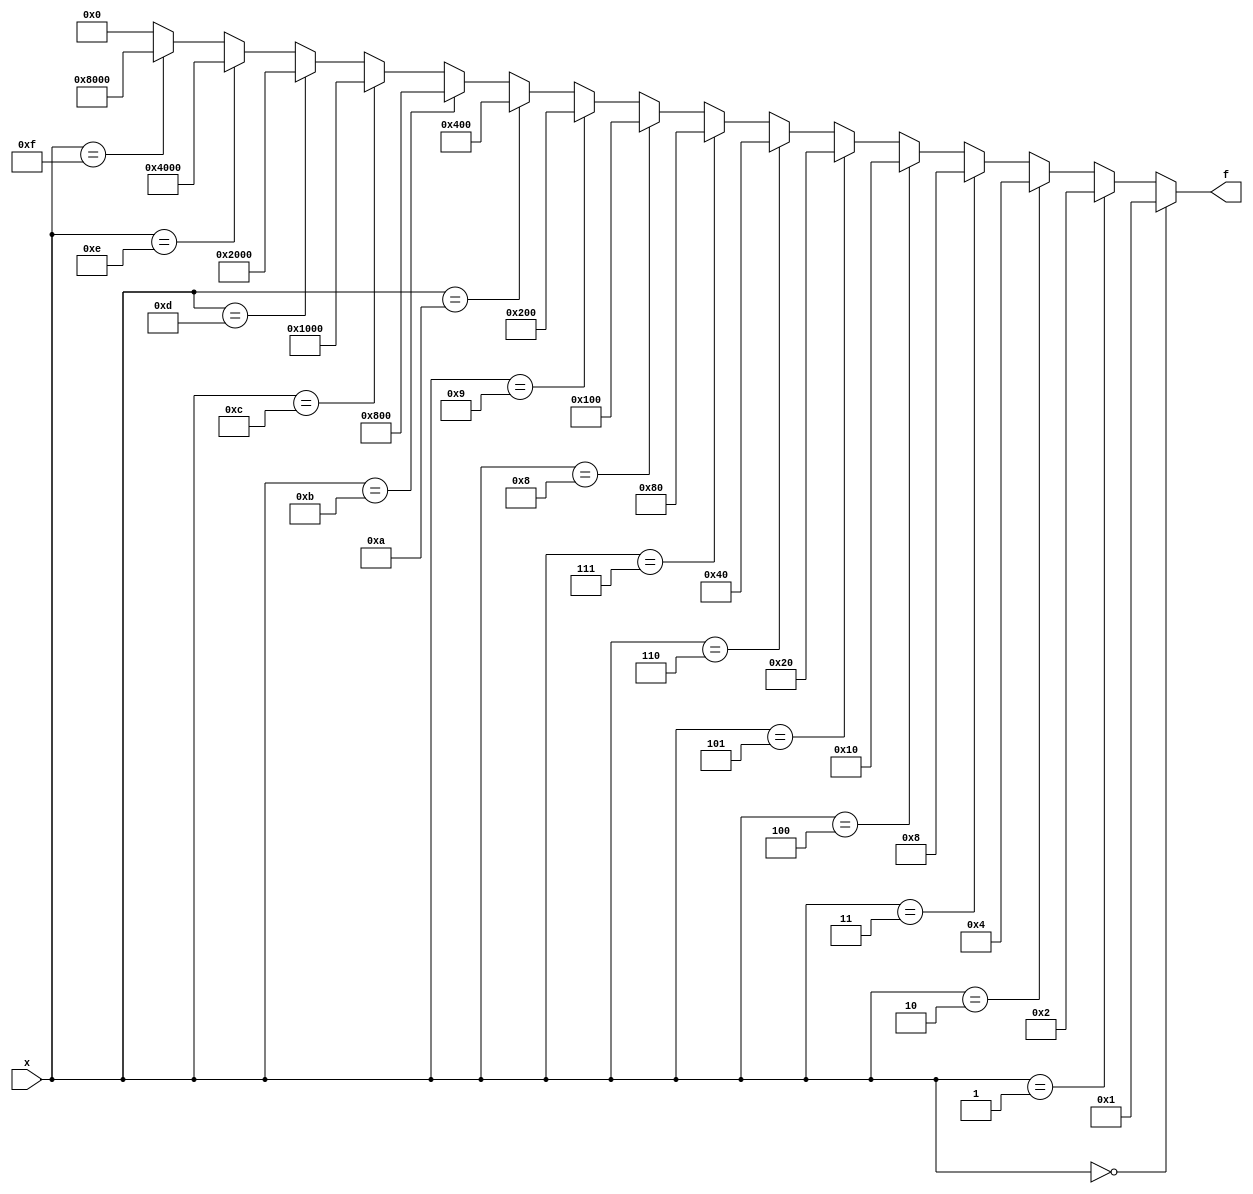
module Decoder_method1(f,x);
	input [3:0] x;
	output reg [15:0] f;
	
	always @(*)
	begin
		if(x == 4'b0000)
			f=16'b0000_0000_0000_0001;
		else if(x == 4'b0001)
			f=16'b0000_0000_0000_0010;
		else if(x == 4'b0010)
			f=16'b0000_0000_0000_0100;
		else if(x == 4'b0011)
			f=16'b0000_0000_0000_1000;
		else if(x == 4'b0100)
			f=16'b0000_0000_0001_0000;
		else if(x == 4'b0101)
			f=16'b0000_0000_0010_0000;
		else if(x == 4'b0110)
			f=16'b0000_0000_0100_0000;
		else if(x == 4'b0111)
			f=16'b0000_0000_1000_0000;
		else if(x == 4'b1000)
			f=16'b0000_0001_0000_0000;
		else if(x == 4'b1001)
			f=16'b0000_0010_0000_0000;
		else if(x == 4'b1010)
			f=16'b0000_0100_0000_0000;
		else if(x == 4'b1011)
			f=16'b0000_1000_0000_0000;
		else if(x == 4'b1100)
			f=16'b0001_0000_0000_0000;
		else if(x == 4'b1101)
			f=16'b0010_0000_0000_0000;
		else if(x == 4'b1110)
			f=16'b0100_0000_0000_0000;
		else if(x == 4'b1111)
			f=16'b1000_0000_0000_0000;
		else //default
			f=16'b0000_0000_0000_0000;
		
	
	end 
	
endmodule
///////////////////////////////////////////////////////
module Decoder_method2(f,x);
	input [3:0] x;
	output reg [15:0] f;
	
	always @(*)
	begin
		case(x)
		4'b0000:
			f=16'b0000_0000_0000_0001;
		4'b0001:
			f=16'b0000_0000_0000_0010;
		4'b0010:
			f=16'b0000_0000_0000_0100;
		4'b0011:
			f=16'b0000_0000_0000_1000;
		4'b0100:
			f=16'b0000_0000_0001_0000;
		4'b0101:
			f=16'b0000_0000_0010_0000;
		4'b0110:
			f=16'b0000_0000_0100_0000;
		4'b0111:
			f=16'b0000_0000_1000_0000;
		4'b1000:
			f=16'b0000_0001_0000_0000;
		4'b1001:
			f=16'b0000_0010_0000_0000;
		4'b1010:
			f=16'b0000_0100_0000_0000;
		4'b1011:
			f=16'b0000_1000_0000_0000;
		4'b1100:
			f=16'b0001_0000_0000_0000;
		4'b1101:
			f=16'b0010_0000_0000_0000;
		4'b1110:
			f=16'b0100_0000_0000_0000;
		4'b1111:
			f=16'b1000_0000_0000_0000;
		default:
			f=16'b0000_0000_0000_0000;
		
		endcase

	end 
	
endmodule

///////////////////////////////////////////////////////
module Decoder_method3(f,x);
	input [3:0] x;
	output wire [15:0] f;
	
	assign f[0] = (~x[3])&(~x[2])&(~x[1])&(~x[0]);
	assign f[1] = (~x[3])&(~x[2])&(~x[1])&(x[0]);
	assign f[2] = (~x[3])&(~x[2])&(x[1])&(~x[0]);
	assign f[3] = (~x[3])&(~x[2])&(x[1])&(x[0]);

	assign f[4] = (~x[3])&(x[2])&(~x[1])&(~x[0]);
	assign f[5] = (~x[3])&(x[2])&(~x[1])&(x[0]);
	assign f[6] = (~x[3])&(x[2])&(x[1])&(~x[0]);
	assign f[7] = (~x[3])&(x[2])&(x[1])&(x[0]);

	assign f[8] = (x[3])&(~x[2])&(~x[1])&(~x[0]);
	assign f[9] = (x[3])&(~x[2])&(~x[1])&(x[0]);
	assign f[10] = (x[3])&(~x[2])&(x[1])&(~x[0]);
	assign f[11] = (x[3])&(~x[2])&(x[1])&(x[0]);

	assign f[12] = (x[3])&(x[2])&(~x[1])&(~x[0]);
	assign f[13] = (x[3])&(x[2])&(~x[1])&(x[0]);
	assign f[14] = (x[3])&(x[2])&(x[1])&(~x[0]);
	assign f[15] = (x[3])&(x[2])&(x[1])&(x[0]);
	
endmodule




///////////////////////////////////////////////////////
module Decoder_method4(f,x);
	input [3:0] x;
	output wire [15:0] f;
	
		assign f = 16'b0000_0000_0000_0001<<x;
	
endmodule